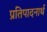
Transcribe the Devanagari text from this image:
प्रतिपादनार्थ